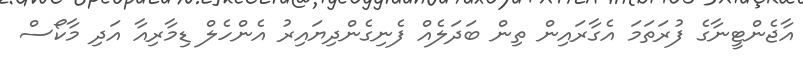
އާޖެންޓީނާގެ ފުރަތަމަ އެގާރައިން ތިން ބަދަލެއް ފެނިގެންދިޔައިރު އެންހެލް ޑިމާރިއާ އަދި މާކޯސް